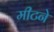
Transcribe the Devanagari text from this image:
मीटने